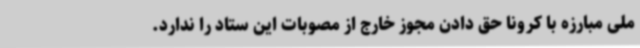
ملی مبارزه با کرونا حق دادن مجوز خارج از مصوبات این ستاد را ندارد.